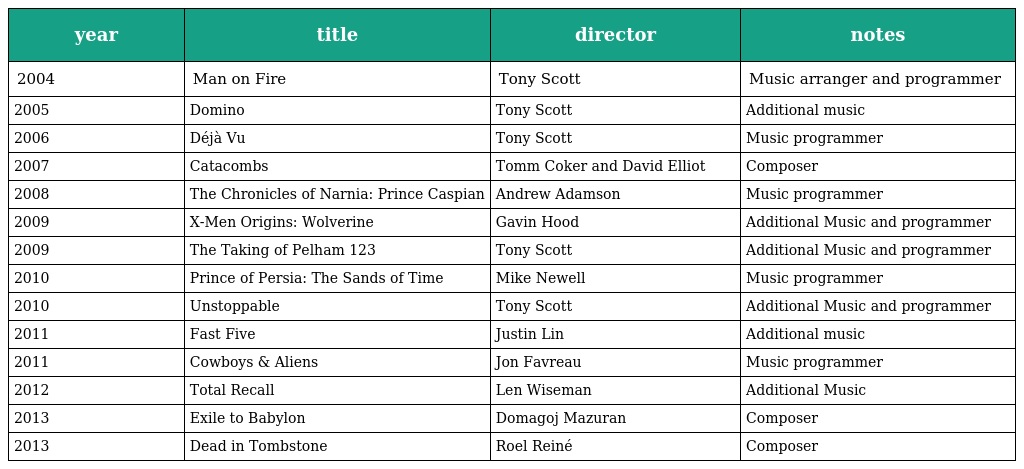
| year | title | director | notes |
 | --- | --- | --- | --- |
 | 2004 | Man on Fire | Tony Scott | Music arranger and programmer |
 | 2005 | Domino | Tony Scott | Additional music |
 | 2006 | Déjà Vu | Tony Scott | Music programmer |
 | 2007 | Catacombs | Tomm Coker and David Elliot | Composer |
 | 2008 | The Chronicles of Narnia: Prince Caspian | Andrew Adamson | Music programmer |
 | 2009 | X-Men Origins: Wolverine | Gavin Hood | Additional Music and programmer |
 | 2009 | The Taking of Pelham 123 | Tony Scott | Additional Music and programmer |
 | 2010 | Prince of Persia: The Sands of Time | Mike Newell | Music programmer |
 | 2010 | Unstoppable | Tony Scott | Additional Music and programmer |
 | 2011 | Fast Five | Justin Lin | Additional music |
 | 2011 | Cowboys & Aliens | Jon Favreau | Music programmer |
 | 2012 | Total Recall | Len Wiseman | Additional Music |
 | 2013 | Exile to Babylon | Domagoj Mazuran | Composer |
 | 2013 | Dead in Tombstone | Roel Reiné | Composer |